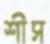
শীস